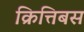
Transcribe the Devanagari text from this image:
क्रित्तिबस